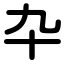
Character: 卆